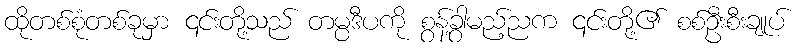
ထိုတစ်စုံတစ်ခုမှာ ၎င်းတို့သည် တမ္ပဒီပကို စွန့်ခွာမည့်ညက ၎င်းတို့၏ စစ်ဦးစီးချုပ်